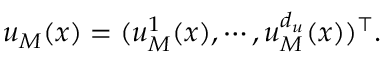
\boldsymbol { u } _ { M } ( \boldsymbol { x } ) = ( u _ { M } ^ { 1 } ( \boldsymbol { x } ) , \cdots , u _ { M } ^ { d _ { u } } ( \boldsymbol { x } ) ) ^ { \top } .